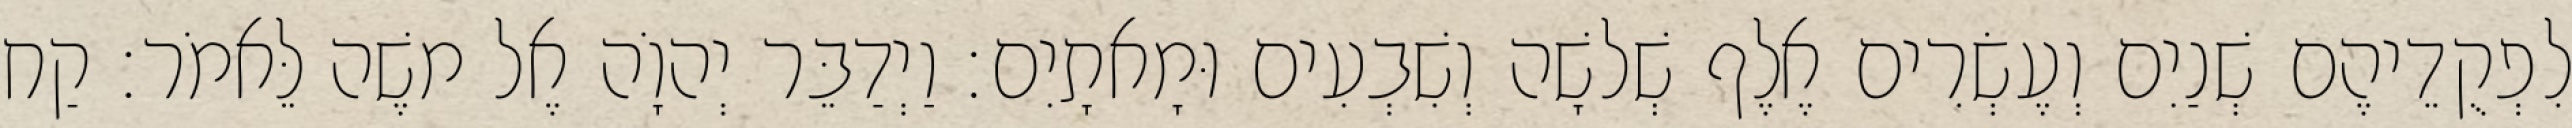
לִפְקֻדֵיהֶם שְׁנַיִם וְעֶשְׂרִים אֶלֶף שְׁלשָׁה וְשִׁבְעִים וּמָאתָיִם׃ וַיְדַבֵּר יְהוָֹה אֶל משֶׁה לֵּאמֹר׃ קַח